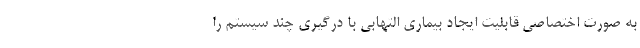
به صورت اختصاصی قابلیت ایجاد بیماری التهابی با درگیری چند سیستم را